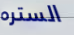
الستره